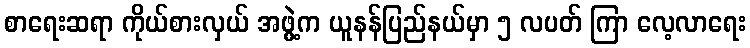
စာရေးဆရာ ကိုယ်စားလှယ် အဖွဲ့က ယူနန်ပြည်နယ်မှာ ၅ လပတ် ကြာ လေ့လာရေး